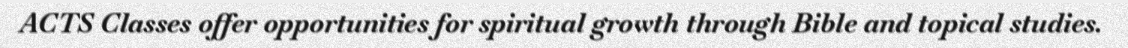
ACTS Classes offer opportunities for spiritual growth through Bible and topical studies.